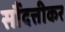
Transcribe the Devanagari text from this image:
सौंदत्तीकर